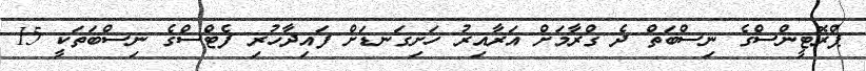
ޕްރޮޓީންސްގެ ނިސްބަތް ދެ ގްރާމަށް އަރާއިރު ހަށިގަނޑަށް ފައިދާހުރި ފެޓްސްގެ ނިސްބަތަކީ 15